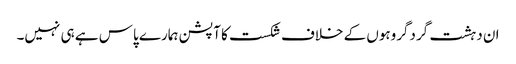
ان دہشت گردگروہوں کے خلاف شکست کا آپشن ہمارے پاس ہے ہی نہیں۔